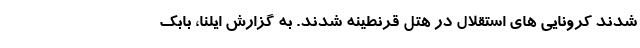
شدند کرونایی های استقلال در هتل قرنطینه شدند. به گزارش ایلنا، بابک